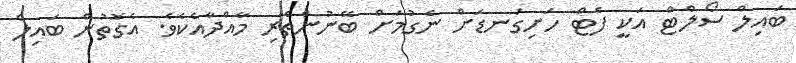
ބައިލް ސޯލްޓް އަކީ ފެޓް ހަށިގަނޑަށް ނެގުމަށް ބޭނުންތެރި މާއްދާއެކެވެ. އެގޮތުން ބައިލް